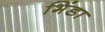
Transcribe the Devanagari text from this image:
भिंडा